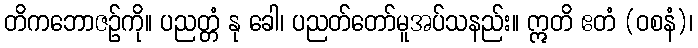
တိကဘောဇဉ်ကို။ ပညတ္တံ နု ခေါ၊ ပညတ်တော်မူအပ်သနည်း။ ဣတိ ဧတံ (ဝစနံ)၊